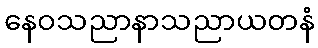
နေဝသညာနာသညာယတနံ